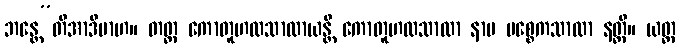
ဘန္တေ”တိအာဒိမာဟ။ တတ္ထ ကောတူဟလသာလာယန္တိ ကောတူဟလသာလာ နာမ ပစ္စေကသာလာ နတ္ထိ။ ယတ္ထ